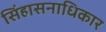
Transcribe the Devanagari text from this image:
सिंहासनाधिकार